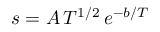
s = A \, T ^ { 1 / 2 } \, e ^ { - b / T }